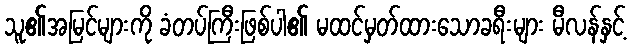
သူ၏အမြင်များကို ခံတပ်ကြီးဖြစ်ပါ၏ မထင်မှတ်ထားသောခရီးများ မီလန်နှင့်